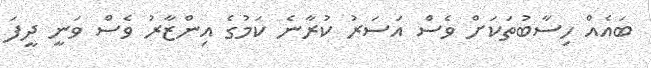
ބައެއް ހިސާބުތަކަށް ވެސް އަސަރު ކުރާނެ ކަމުގެ އިންޒާރު ވެސް ވަނީ ދީފަ